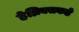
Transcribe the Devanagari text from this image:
हेन्रिक्सकडे